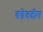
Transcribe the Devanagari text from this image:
बद्रेददीन